Indian Medical Review
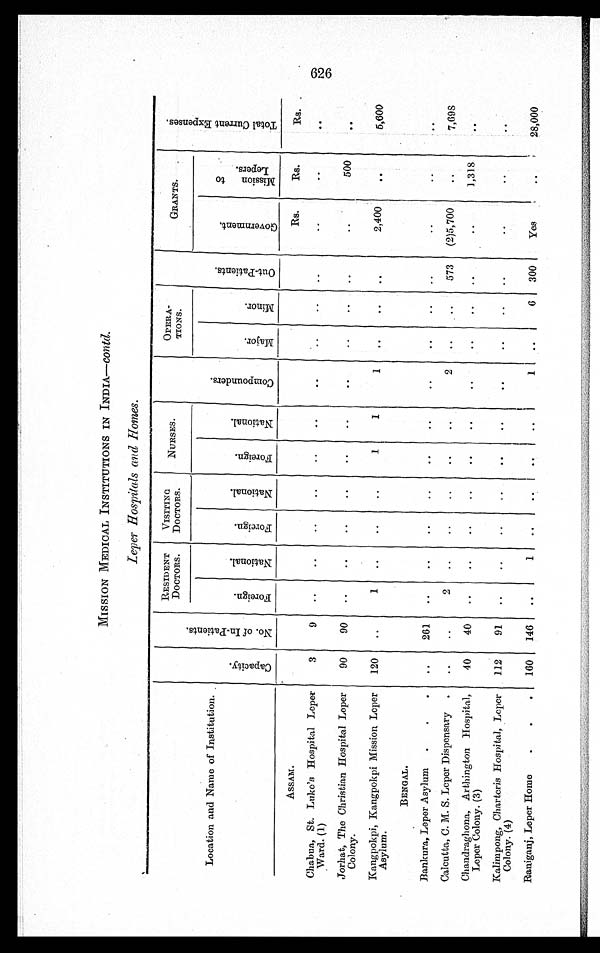
MISSION MEDICAL INSTITUTIONS IN INDIA—Contd.
Leper Hospitals and Homes.
Location and Name of Institution.
C a p a c i t y .
N o . o f I n - P a t i e n t s.
RESIDENT
DOCTORS.
V I S I T I N G
DOCTORS.
NURSES.
C o m p o u n d e r s .
OPERA-
TIONS.
O u t - P a t i e n t s .
GRANTS.
T o t a l C u r r e n t E x p e n s e s .
F o r e i g n .
N a t i o n a l .
F o r e i g n .
N a t i o n a l .
F o r e i g n .
N a t i o n a l .
M a j o r .
M i n o r .
G o v e r n m e n t .
M i s s i o n t o
Leper s.
A S S A M .
Rs.
Rs.
Rs.
Chabua, St. Luke's Hospital Leper
Ward. (1)
3
9
Jorhat, The Christian Hospital Leper
Colony.
90
90
500
Kangpokpi, Kangpokpi Mission Leper
Asylum.
120
1
1
1
1
2,400
5 , 6 0 0
BENGAL.
Bankura, Leper Asylum
261
Calcutta, C. M. S. Leper Dispensary
2
2
573
(2)5,700
7,698
Chandraghona, Arthington Hospital,
Leper Colony. (3)
40
40
1,318
Kalimpong, Charteris Hospital, Leper
Colony. (4)
112
91
Raniganj, Leper Home
160
146
1
1
6
300
Yes
28,000